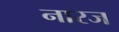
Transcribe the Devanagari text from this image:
नारज